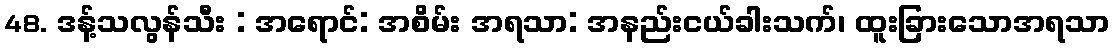
48. ဒန့်သလွန်သီး : အရောင်: အစိမ်း အရသာ: အနည်းငယ်ခါးသက်၊ ထူးခြားသောအရသာ